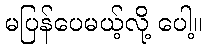
မပြန်ပေမယ့်လို့ ပေါ့။